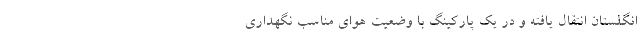
انگلستان انتقال یافته و در یک پارکینگ با وضعیت هوای مناسب نگهداری